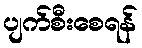
ပျက်စီးစေရန်